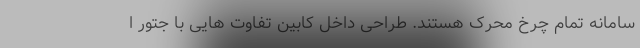
سامانه تمام چرخ محرک هستند. طراحی داخل کابین تفاوت هایی با جتور ا